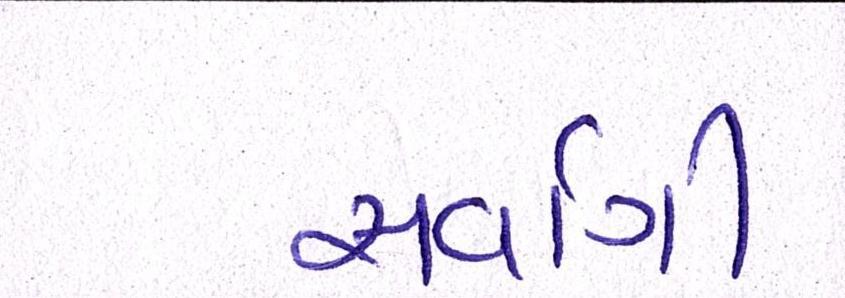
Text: સર્વાગી